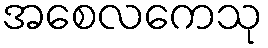
အစေလကေသု